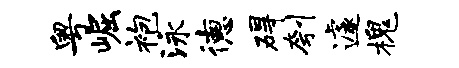
粤崛袍泳德碍刳遽槐